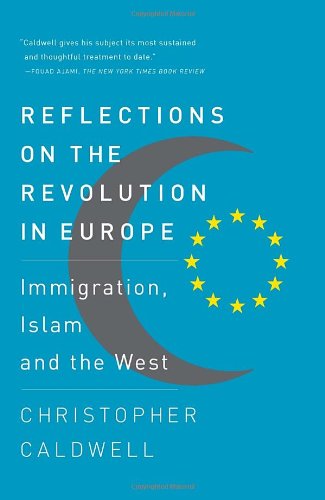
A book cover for Reflections on the Revolution In Europe: Immigration, Islam and the West; Christopher Caldwell; Politics & Social Sciences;